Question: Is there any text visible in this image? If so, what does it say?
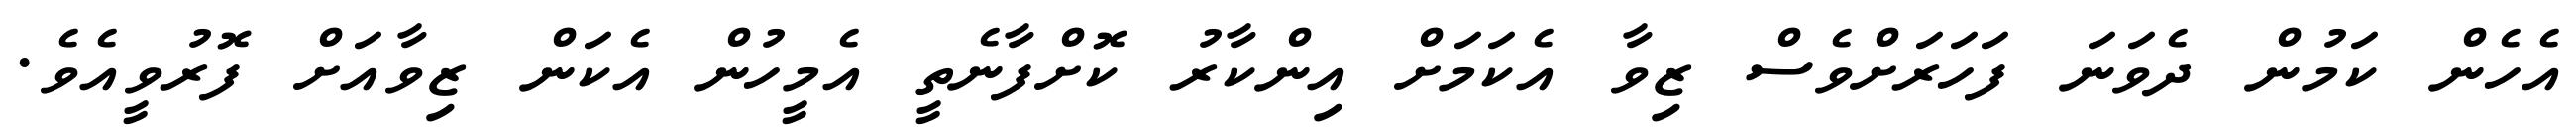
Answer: އެހެން ކަމުން ދެވަނަ ފަހަރަށްވެސް ޒިވާ އެކަމަށް އިންކާރު ކޮށްފާނެތީ އެމީހުން އެކަން ޒިވާއަށް ފޮރުވީއެވެ.